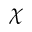
\chi